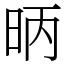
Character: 昞